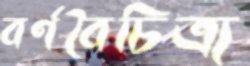
বর্ণবৈচিত্র্য